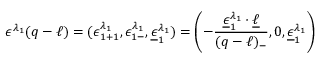
\epsilon ^ { \lambda _ { 1 } } ( q - \ell ) = ( \epsilon _ { 1 + 1 } ^ { \lambda _ { 1 } } , \epsilon _ { 1 - } ^ { \lambda _ { 1 } } , \underline { { { \epsilon } } } _ { 1 } ^ { \lambda _ { 1 } } ) = \left( - { \frac { \underline { { { \epsilon } } } _ { 1 } ^ { \lambda _ { 1 } } \cdot \underline { { { \ell } } } } { ( q - \ell ) _ { - } } } , 0 , \underline { { { \epsilon } } } _ { 1 } ^ { \lambda _ { 1 } } \right)